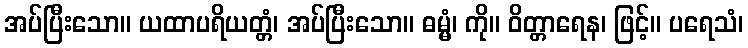
အပ်ပြီးသော။ ယထာပရိယတ္တံ၊ အပ်ပြီးသော။ ဓမ္မံ၊ ကို။ ဝိတ္တာရေန၊ ဖြင့်။ ပရေသံ၊